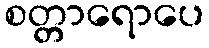
စတ္တာရောပေ